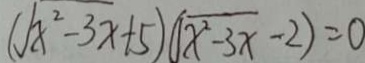
( \sqrt { x ^ { 2 } - 3 x } + 5 ) ( \sqrt { x ^ { 2 } - 3 x } - 2 ) = 0